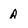
Character: A